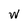
Character: w